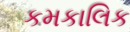
કમકાલિક